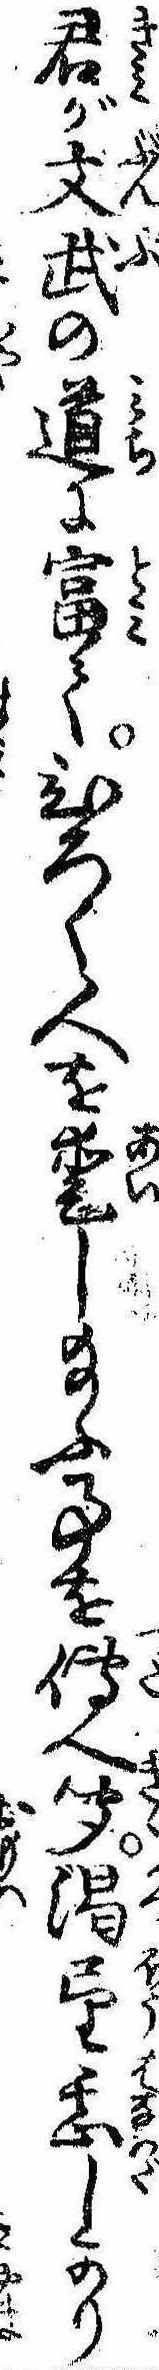
君が文武の道に富てひろく人を愛し給ふ事を伝へ聞渇望甚しかり